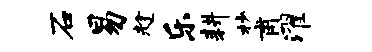
石易趁乐耕杪甫濯